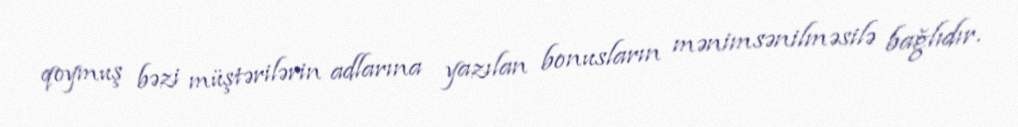
qoymuş bəzi müştərilərin adlarına yazılan bonusların mənimsənilməsilə bağlıdır.